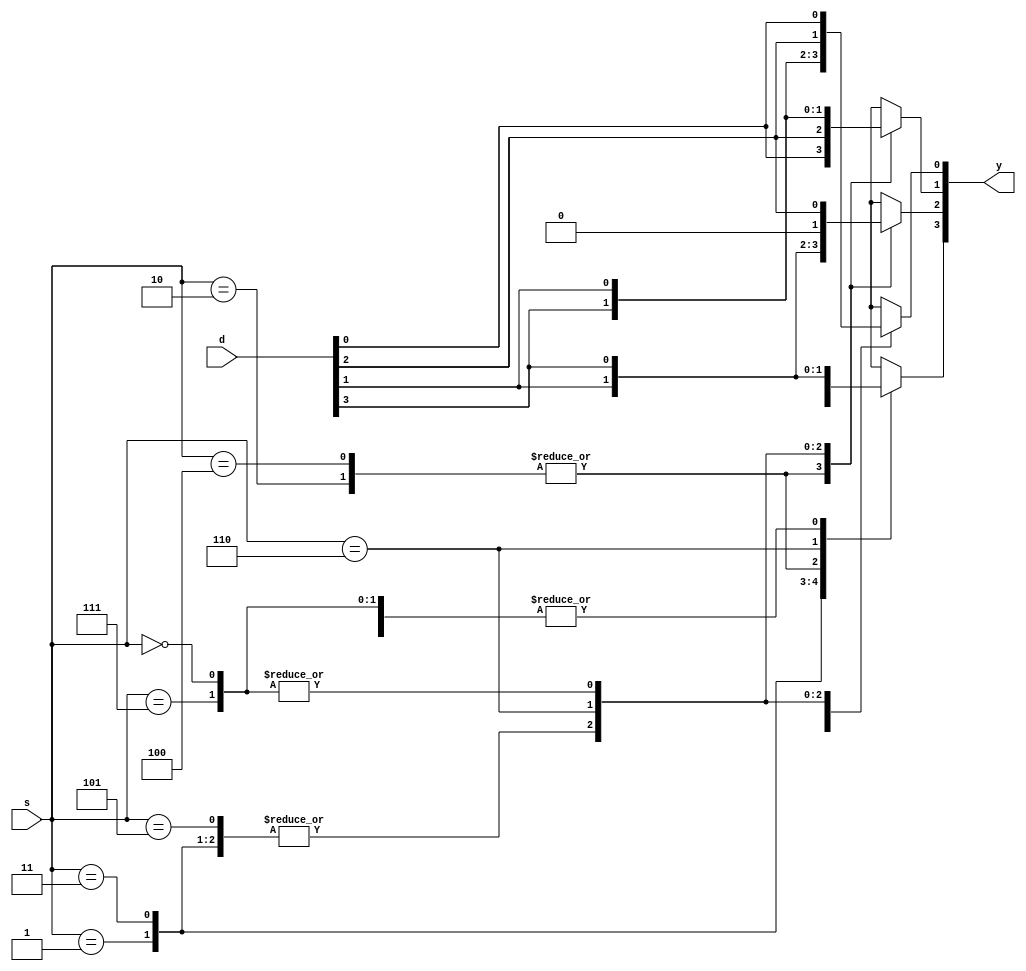
`timescale 1ns / 1ps
//////////////////////////////////////////////////////////////////////////////////
// Company: 
// Engineer: 
// 
// Design Name: 
// Module Name:    bit4Shifter 
// Project Name: 
// Target Devices: 
// Tool versions: 
// Description: 
//
// Dependencies: 
//
// Revision: 
// Revision 0.01 - File Created
// Additional Comments: 
//
//////////////////////////////////////////////////////////////////////////////////
module bit4Shifter(input wire[2:0] s,input wire[3:0] d,output reg[3:0] y);
	always@(*)
	begin
		case(s)
			3'b000:y<=d;
			3'b001:
			begin
				y[3]<=0;
				y[2:0]<=d[3:1];
			end
			3'b010:
			begin
				y[0]<=0;
				y[3:1]<=d[2:0];
			end
			3'b011:
			begin
				y[3]<=d[0];
				y[2:0]<=d[3:1];
			end
			3'b100:
			begin
				y[0]<=d[3];
				y[3:1]<=d[2:0];
			end
			3'b101:
			begin
				y[3]<=d[3];
				y[2:0]<=d[3:1];
			end
			3'b110:
			begin
				y[3]<=d[1];
				y[2]<=0;
				y[1]<=d[3];
				y[0]<=d[2];
			end
			3'b111:y<=d;
		endcase
	end

endmodule